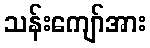
သန်းကျော်အား